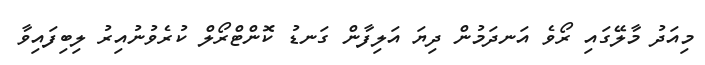
މިއަދު މާލޭގައި ރޯވެ އަނދަމުން ދިޔަ އަލިފާން ގަނޑު ކޮންޓްރޯލް ކުރެވުނުއިރު ލިބިފައިވާ